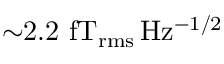
{ \sim } 2 . 2 ~ \mathrm { f T _ { \mathrm { r m s } } \, H z ^ { - 1 / 2 } }